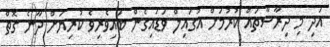
އަދި މި ދިރާސާތައް ކުރުމަށް އުގައިލް ވަޑައިގެން ބައިވެރިވެ ކުރިޔަށް ދާނެ ގޮތް